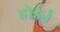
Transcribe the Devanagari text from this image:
होर्डर्न